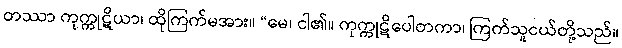
တဿာ ကုက္ကုဋိယာ၊ ထိုကြက်မအား။ “မေ၊ ငါ၏။ ကုက္ကုဋိပေါတကာ၊ ကြက်သူငယ်တို့သည်။